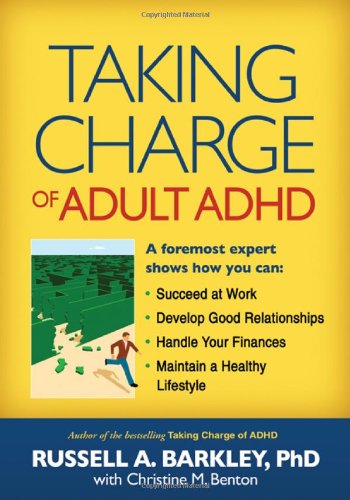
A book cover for Taking Charge of Adult ADHD; Russell A. Barkley; Health, Fitness & Dieting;